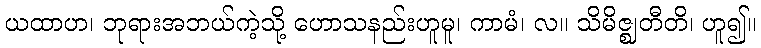
ယထာဟ၊ ဘုရားအဘယ်ကဲ့သို့ ဟောသနည်းဟူမူ၊ ကာမံ၊ လ။ သိမိဇ္ဈတီတိ၊ ဟူ၍။